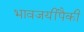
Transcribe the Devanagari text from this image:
भावजयींपैकी